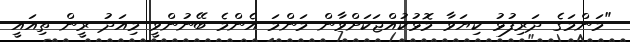
"މަންމަގެ ދަރިފުޅު ކިޔަވާ މޮޅުކުއްޖަކަށްވާން މަންމަ އެންމެ ބޭނުންވީ މިއަދު ރީން ތިއައީ